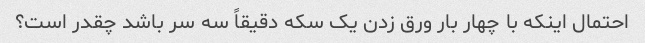
احتمال اینکه با چهار بار ورق زدن یک سکه دقیقاً سه سر باشد چقدر است؟